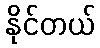
နိုင်တယ်